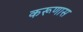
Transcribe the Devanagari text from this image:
करूणास